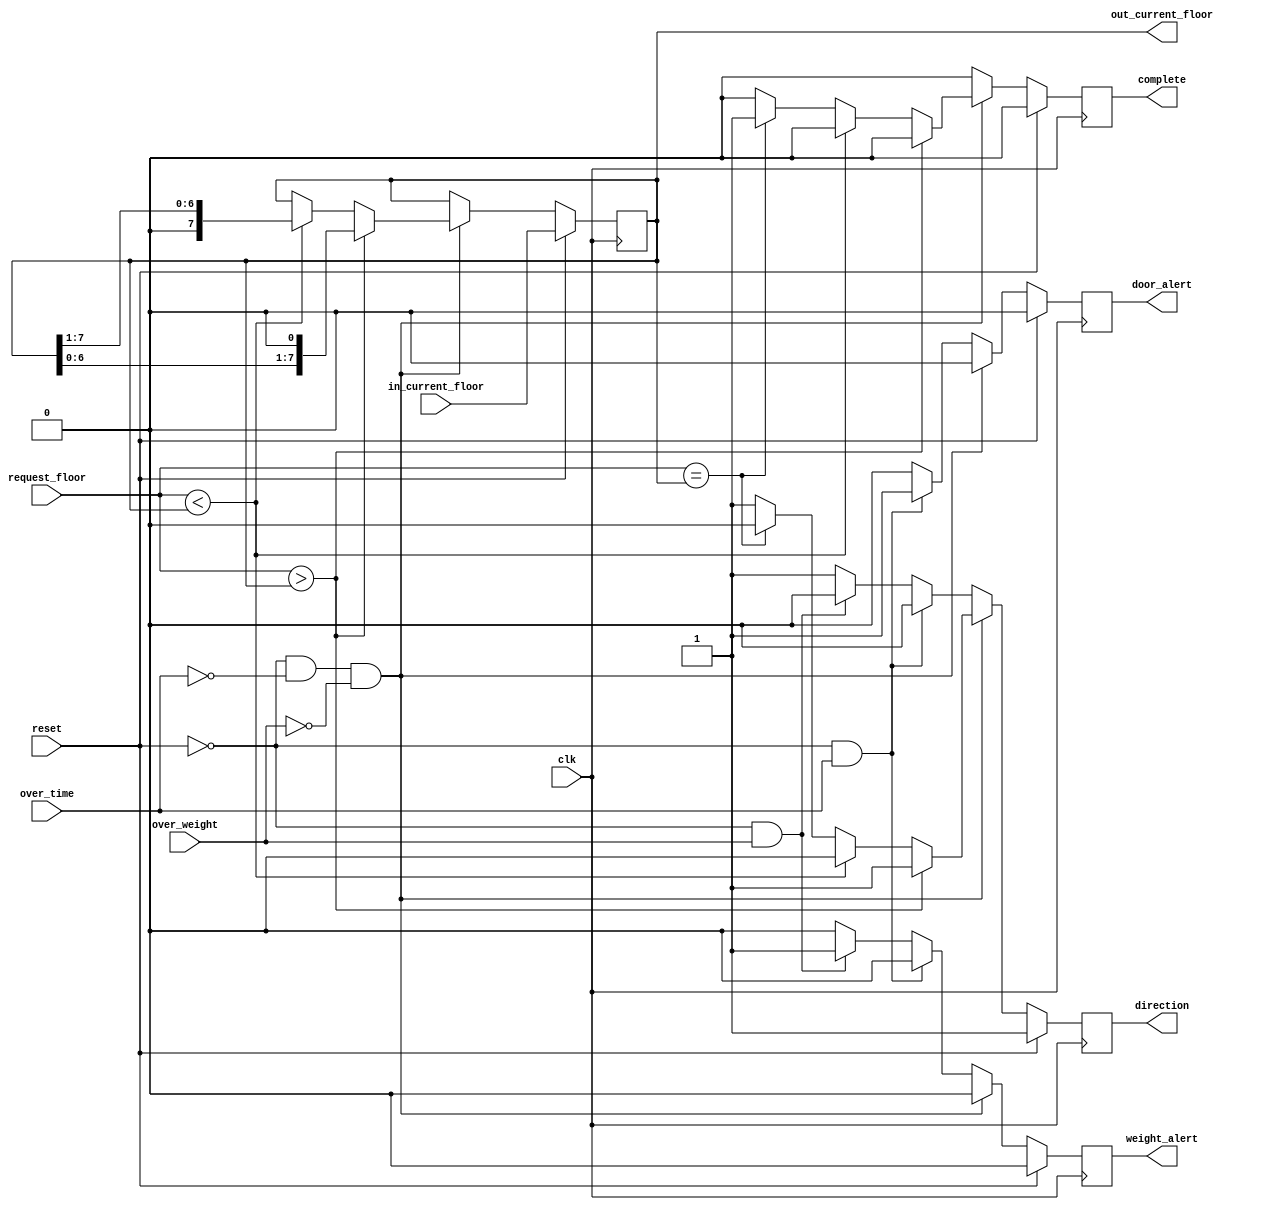
module pes_elevator(request_floor, in_current_floor, clk, reset, complete, direction, 
over_time, over_weight, weight_alert, door_alert, out_current_floor) ;

//input pins
input [7:0]request_floor; // the 8 bit input request floor
input [7:0]in_current_floor; // the 8 bit input floor,
input clk; //-ve generate = low Frequency clock
input reset; // the 1 bit input reset
input over_time; //the 1 bit input which indicates the door keep open for 3 ninutes
input over_weight; // the 1 bit input which indicates the weight in the elevator is larger than 900kgs


//output pins
output direction; // the 1 bit output which indicates the direction of the elevator
output complete;// the 1 bit output vhich indicates whether elevalor is running or stopped
output door_alert;// the 1 bit output vhich indicates the door keep open for 3 nimutes
output weight_alert;// the 1 bit output which nficates the weight in the elevator is larger than 900kgs
output [7:0] out_current_floor; // the 8 bit output which shows the current floor

//register parameters
reg r_direction;// 1 bit register connected to the output direction
reg r_complete;// 1 bit register connected to the output complete
reg r_door_alert;// 1 bit register connected to the output door_slert
reg r_weight_alert; // 1 bit register connected to the output veigh alert
reg [7:0] r_out_current_floor;// 8 bit register connected to the output out_current_floor;


always@(posedge clk)
begin
r_complete= 0;
r_direction = 1;
r_weight_alert = 0;
r_door_alert = 0;
if(reset)
	r_out_current_floor <= in_current_floor;

else if(!reset && !over_time && !over_weight)
	begin
//Case 1: normal movement of elevator
if (request_floor > r_out_current_floor) begin
r_direction <= 1'b1;
r_out_current_floor <= r_out_current_floor << 1;
end

else if (request_floor < r_out_current_floor) begin
r_direction <= 1'b0;
r_out_current_floor = r_out_current_floor >> 1;
end

else if (request_floor == r_out_current_floor) begin
r_complete <= 1;
r_direction <= 0;
end
end

 //Case 2: the door is kept open for more than 3 minutes
else if (!reset && over_time)
begin
r_door_alert <= 1;
r_complete <= 0;
r_weight_alert <= 0;
r_direction <= 0;
r_out_current_floor <= r_out_current_floor;
end

//Case 3: the total weight in the elevator is more than 900kgs
else if(!reset && over_weight)begin
r_door_alert <= 0;
r_weight_alert <= 1;
r_complete <= 0;
r_direction <= 0;
r_out_current_floor <= r_out_current_floor;
end
end

//match pins and registers
assign direction=r_direction;
assign complete=r_complete;
assign door_alert=r_door_alert;
assign weight_alert=r_weight_alert;
assign out_current_floor= r_out_current_floor;
endmodule